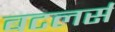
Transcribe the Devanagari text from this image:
बटलर्स